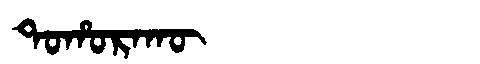
Manchu: ᡨᠣᡥᠣᡵᠠᡴᡡ
Romanization: TOHORAKŪ